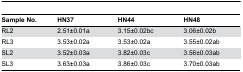
<table><thead><tr><td><b>Sample No.</b></td><td><b>HN37</b></td><td><b>HN44</b></td><td><b>HN48</b></td></tr></thead><tbody><tr><td>RL2</td><td>2.51±0.01a</td><td>3.15±0.02bc</td><td>3.06±0.02b</td></tr><tr><td>RL3</td><td>3.53±0.02a</td><td>3.53±0.02a</td><td>3.55±0.02ab</td></tr><tr><td>SL2</td><td>3.52±0.03a</td><td>3.82±0.03c</td><td>3.56±0.03ab</td></tr><tr><td>SL3</td><td>3.63±0.03a</td><td>3.86±0.03c</td><td>3.70±0.03ab</td></tr></tbody></table>